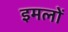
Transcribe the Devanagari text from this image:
इमलों